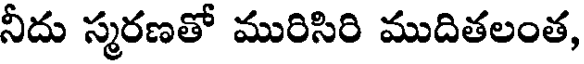
నీదు స్మరణతో మురిసిరి ముదితలంత,